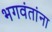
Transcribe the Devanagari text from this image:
भगवंतांना